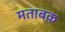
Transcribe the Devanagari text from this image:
मताबक़